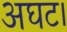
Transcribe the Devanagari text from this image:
अघट।